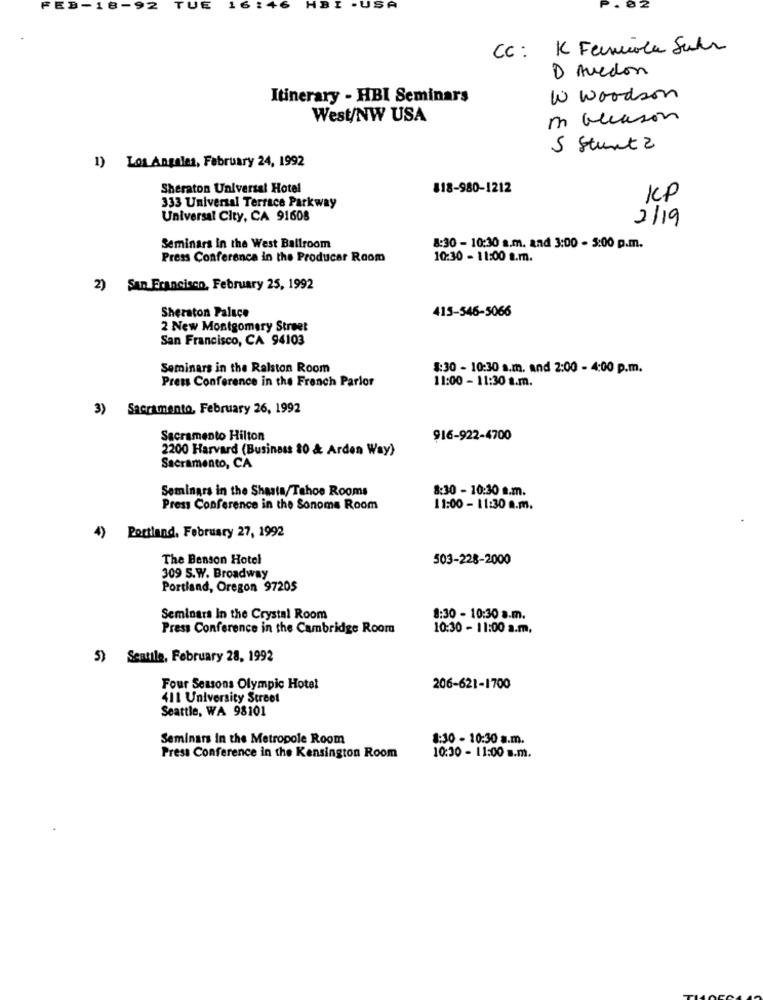
F
HBI
USA
Cc: K Fermola Saken
D Avedon
Itinerary - HBI Seminars
W woodson
West/NW USA
m alcason
5 Stunt 2
1) Los Angeles, February 24, 1992
Sheraton Universal Hotel
818-980-1212
KP
333 Universal Terrace Parkway
Universal City, CA 91608
2/19
Seminars In the West Ballroom
8:30 - 10:30 a.m. and 3:00 - 5:00 p.m.
Press Conference in the Producer Room
10:30 - 11:00 a.m.
2) San Francisco, February 25, 1992
Sheraton Palace
415-546-5066
2 New Montgomery Street
San Francisco, CA 94103
Seminars in the Ralston Room
1:30 - 10:30 a.m. and 2:00 - 4:00 p.m.
Press Conference in the French Parlor
11:00 - 11:30 a.m.
3) Sacramento, February 26, 1992
Sacramento Hilton
916-922-4700
2200 Harvard (Business 10 & Arden Way)
Sacramento, CA
Seminars in the Shasta/Tahoe Rooms
8:30 - 10:30 a.m.
Press Conference in the Sonome Room
11:00 - 11:30 a.m.
4) Portland, February 27, 1992
The Benson Hotel
503-228-2000
309 S.W. Broadway
Portland, Oregon 97205
Seminars In the Crystal Room
8:30 - 10:30 a.m.
Press Conference in the Cambridge Room
10:30 - 11:00 a.m.
5) Sentile, February 28, 1992
Four Seasons Olympic Hotel
206-621-1700
411 University Street
Seattle, WA 98101
Seminars in the Metropole Room
8:30 - 10:30 a.m.
Press Conference in the Kensington Room
10:30 - 11:00 a.m.